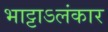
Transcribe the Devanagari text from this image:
भाट्टाऽलंकार